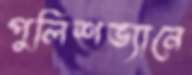
পুলিশভ্যানে